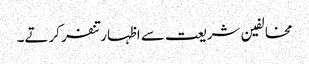
مخالفین شریعت سے اظہار تنفر کرتے۔